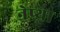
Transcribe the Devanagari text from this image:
नेप्था